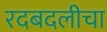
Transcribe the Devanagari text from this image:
रदबदलीचा